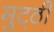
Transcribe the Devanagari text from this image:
मुट्‌ठी